Report of the Municipal Commissioner on the plague in Bombay for the year ending 31st May... - Volume 3
Disease focus: Plague
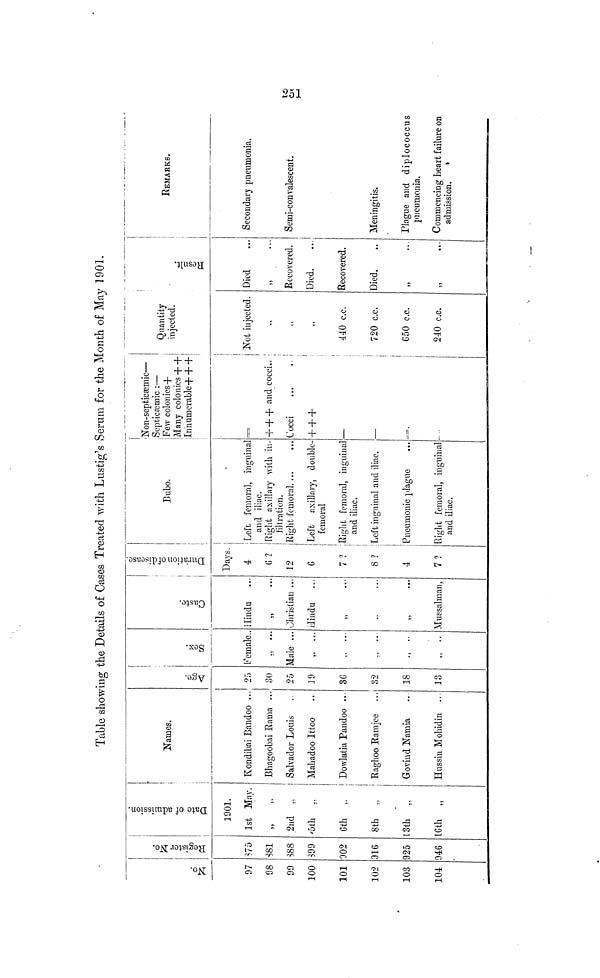
Table showing the Details of Cases Treated with Ltistig's Serum for the Month of May 1901.
No.
97
98
99
100
101
102
103
104
Register No.
875
381
888
899
902
916
925
946
Date of admission.
1901.
1st May.
,,
...
2nd ,,
5th
,,
6th ,.
8th ,.
13th „
16th „
Names.
Kondibai Bandoo ...
Bhagoobai Rama ..
Salvador Louis
Mahadoo Ittoo
Dowlatia Pandoo ...
Raghoo Ramjee
Govind Namia
Hussin Mohidin ...
Age.
25
30
25
19
3G
32
18
13
Sex.
Female..
., ...
Male ...
,, ...
., ..
,, ..
Caste.
Hindu
"
...
Christian ...
Hindu
,,
...
,,
...
Mussalman,
Duration of disease.
Days.
4
0 ?
12
6
7?
8 ?
4
7?
Bubo.
Left femoral, inguinal
and iliac.
Right axillary with in-
filtration.
Right femoral. ...
Left axillary, double-
femoral
Right femoral, inguinal
and iliac.
Left inguinal and iliac.
Pneumonic plague
Right femoral, inguinal
and iliac.
Non-septicasmic —
Septicxmic : —
Few colonies +
Many colonies + +
Innumerable + + +
+ + + and cocci..
Cocci
+ + +
—
—
|
1
Quantity
injected.
Not injected.
,,
"
440 c.c.
720 c.c.
650 c.c.
240 c.c.
Died
11
. . .
Recovered.
Died.
Recovered.
Died.
11
•"•
,,
...
REMARKS.
Secondary pneumonia.
Semi-convalescent.
Meningitis.
Plague and diplococcus
pneumonia.
Commencing heart failure on
admission.